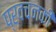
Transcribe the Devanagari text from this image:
प्रवचनकी